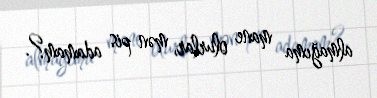
almağıma mane olurlar, mən pis adamam?.